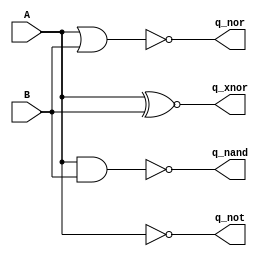

module test_logic(input A, B, output q_nand, q_nor, q_xnor, q_not);

   assign q_nand = A ~& B;
   assign q_nor  = A ~| B;
   assign q_xnor = A ~^ B;
   assign q_not  = ~A;

endmodule // test_logic